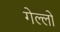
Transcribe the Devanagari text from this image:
गेल्लो